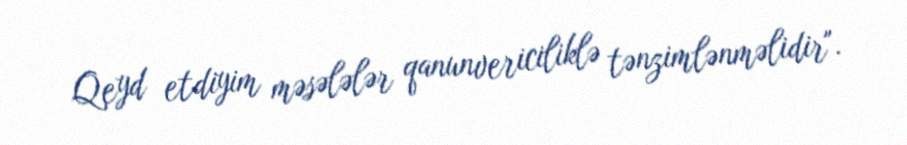
Qeyd etdiyim məsələlər qanunvericiliklə tənzimlənməlidir".